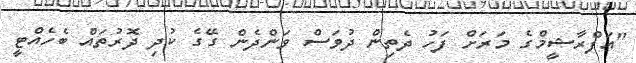
"އަފްރާޝީމްގެ މަރަށް ފަހު ދެތިން ދުވަސް ވަންދެން ގޭގެ ކުދި ދޮރުތައް ބެހެއްޓީ